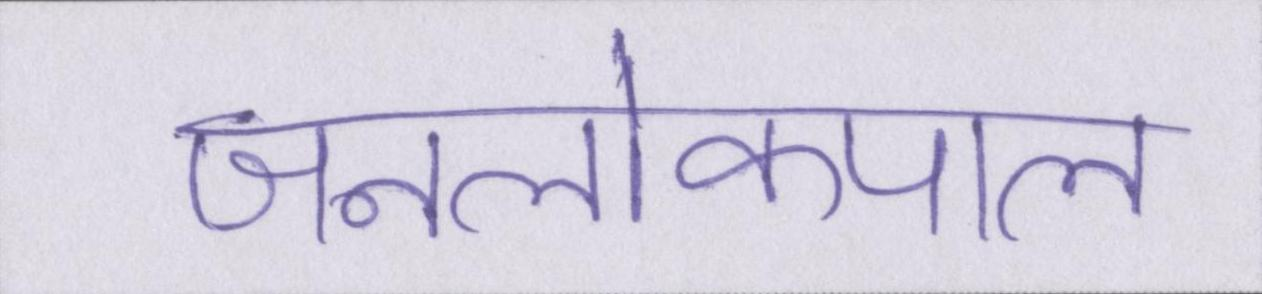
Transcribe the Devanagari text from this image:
जनलोकपाल